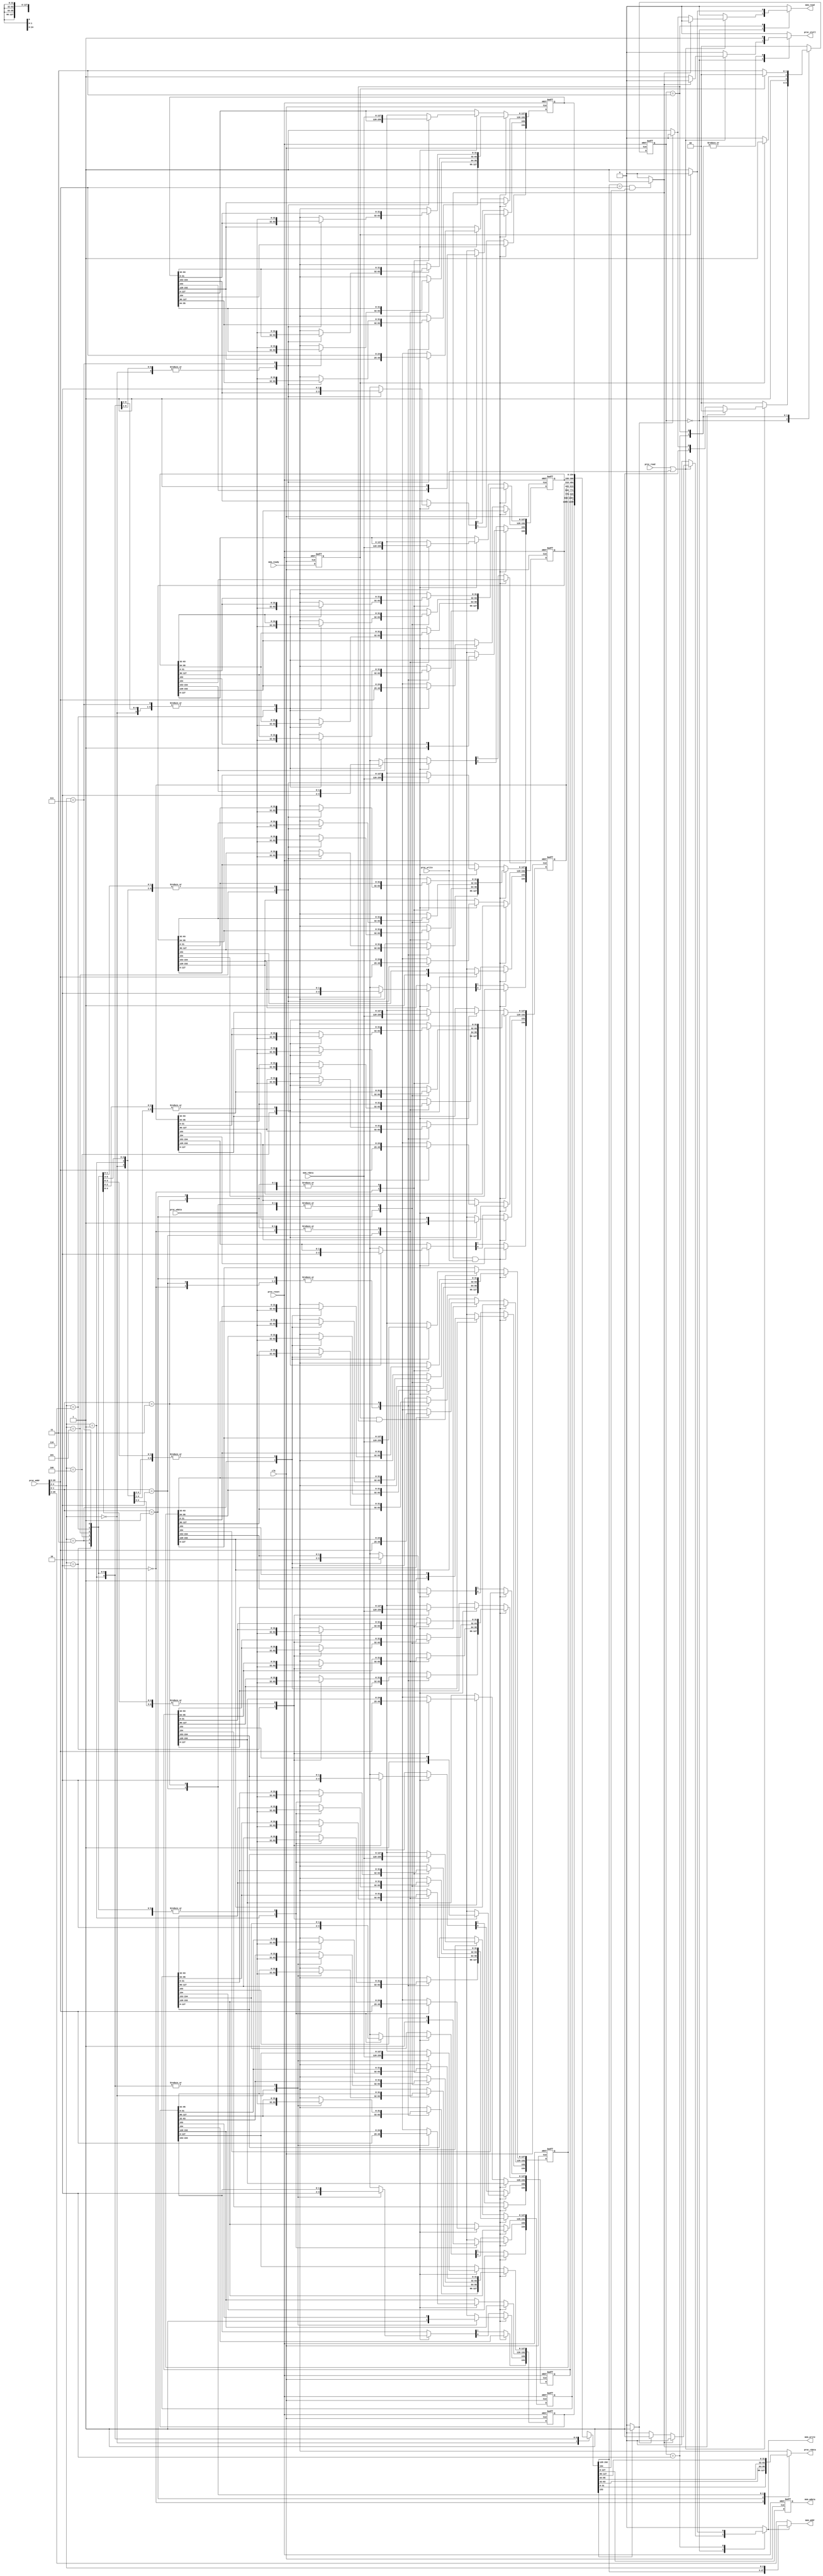
module cache(
    clk,
    proc_reset,
    proc_read,
    proc_write,
    proc_addr,
    proc_wdata,
    proc_stall,
    proc_rdata,
    mem_read,
    mem_write,
    mem_addr,
    mem_rdata,
    mem_wdata,
    mem_ready
);
    
//==== input/output definition ============================
    input          clk;
    // processor interface
    input          proc_reset;
    input          proc_read, proc_write;
    input   [29:0] proc_addr;
    input   [31:0] proc_wdata;
    output         proc_stall;
    output  [31:0] proc_rdata;
    // memory interface
    input  [127:0] mem_rdata;
    input          mem_ready;
    output         mem_read, mem_write;
    output  [27:0] mem_addr;
    output [127:0] mem_wdata;
    
//==== wire/reg definition ================================
    parameter IDLE = 2'd0; 
    parameter COMPARETAG = 2'd1; 
    parameter WRITEBACK = 2'd2; 
    parameter ALLOCATE = 2'd3; 
	
	integer i;
	
	// ---- signals -----------
	wire		Hit, Dirty; 
	wire [2:0]	SetNum;
	wire [1:0]	OffSet;
	
	reg			stall_out, mem_read_out, mem_write_out, mem_ready_r;
	reg [1:0]	state_r, state_w;
	
	// ---- datas -------------
	reg [31:0]	proc_data_out, proc_wdata_r;
	reg [29:0]	proc_addr_r;
	reg [127:0] mem_wdata_out, mem_wdata_r, mem_rdata_r;
	
	reg [154:0] CacheMem_r [7:0]; // [valid:154][dirty:153][Tag:152:128][4words:127:0]
	reg [154:0] CacheMem_w [7:0];
	
	
	
//==== combinational circuit ==============================
assign SetNum = proc_addr_r[4:2];
assign OffSet = proc_addr_r[1:0];

assign Hit = (CacheMem_r[SetNum][152:128] == proc_addr[29:5] && CacheMem_r[SetNum][154]) ? 1'b1 : 1'b0;
assign Dirty = (CacheMem_r[SetNum][153]) ? 1'b1 : 1'b0;
assign proc_stall = stall_out; //(state_r == WRITEBACK || state_r == ALLOCATE) ? 1'b1 : 1'b0;
assign mem_read = mem_read_out; //(state_r == ALLOCATE) ? 1'b1 : 1'b0;
assign mem_write = mem_write_out; //(state_r == WRITEBACK) ? 1'b1 : 1'b0;

assign mem_addr = (mem_write_out)? {CacheMem_r[SetNum][152:128],SetNum} : proc_addr_r[29:2];
assign mem_wdata  = mem_wdata_out;
assign proc_rdata = proc_data_out;


// signal path; Finite State Machine
always@(*) begin
	case(state_r)
		IDLE: begin
			stall_out = 1'b0;
			mem_read_out = 1'b0;
			mem_write_out = 1'b0;
			if(proc_read || proc_write) begin
				if(Hit) begin
					state_w = IDLE;
					stall_out = 1'b0;
				end else if (Dirty) begin
					state_w = WRITEBACK;
					stall_out = 1'b1;
					mem_write_out = 1'b1;
				end else begin
					state_w = ALLOCATE;
					stall_out = 1'b1;
					mem_read_out = 1'b1;
				end
			end else begin
				state_w = IDLE;
			end
		end
		WRITEBACK: begin
			stall_out = 1'b1;
			mem_read_out = 1'b0;
			mem_write_out = 1'b1;
			if(mem_ready_r) begin
				state_w = ALLOCATE;
				mem_write_out = 1'b0;
			end else begin
				state_w = WRITEBACK;
			end
		end
		ALLOCATE: begin
			stall_out = 1'b1;
			mem_read_out = 1'b1;
			mem_write_out = 1'b0;
			if(mem_ready_r) begin
				state_w = IDLE;
				mem_read_out = 1'b0;
			end else begin
				state_w = ALLOCATE;
			end
		end
		default: begin
			stall_out = 1'b0;
			mem_read_out = 1'b0;
			mem_write_out = 1'b0;
			state_w = IDLE;
		end
	endcase
end

// data path
always@(*) begin
	proc_addr_r = proc_addr;
	proc_wdata_r = proc_wdata;
	for(i=0;i<8;i=i+1) begin CacheMem_w[i] = CacheMem_r[i]; end
	case(OffSet)
		2'd0: begin proc_data_out = CacheMem_r[SetNum][31:0]; end
		2'd1: begin proc_data_out = CacheMem_r[SetNum][63:32]; end
		2'd2: begin proc_data_out = CacheMem_r[SetNum][95:64]; end
		2'd3: begin proc_data_out = CacheMem_r[SetNum][127:96]; end
	endcase
	mem_wdata_r = CacheMem_r[SetNum][127:0];
	if(Hit && proc_write) begin
		CacheMem_w[SetNum][153] = 1'b1;
		case(OffSet)
			2'd0: begin CacheMem_w[SetNum][31:0]   = proc_wdata_r ; end
			2'd1: begin CacheMem_w[SetNum][63:32]  = proc_wdata_r ; end
			2'd2: begin CacheMem_w[SetNum][95:64]  = proc_wdata_r ; end
			2'd3: begin CacheMem_w[SetNum][127:96] = proc_wdata_r ; end
		endcase
	end else if(mem_ready_r && state_r == ALLOCATE) begin
		CacheMem_w[SetNum][127:0]   = mem_rdata;				// get data from mem
		CacheMem_w[SetNum][152:128] = proc_addr_r[29:5];		// update Tag
		CacheMem_w[SetNum][154:153] = 2'b10;					// valid && ~Dirty
	end
end

//==== sequential circuit =================================

always@( posedge clk or posedge proc_reset ) begin
    if( proc_reset ) begin
		state_r <= 0;
		for(i=0;i<8;i=i+1) begin CacheMem_r[i] <= 0; end
		
		mem_ready_r <= 0;
		mem_rdata_r <= 0;
		mem_wdata_out <= 0;
    end
    else begin
		state_r <= state_w;
		for(i=0;i<8;i=i+1) begin CacheMem_r[i] <= CacheMem_w[i]; end
		
		mem_ready_r <= mem_ready;
		mem_rdata_r <= mem_rdata;
		mem_wdata_out <= mem_wdata_r;
    end
end

endmodule